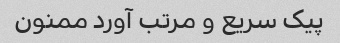
پیک سریع و مرتب آورد ممنون